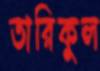
তারিকুল